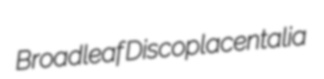
Broadleaf Discoplacentalia